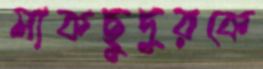
মাকছুদুরকে